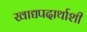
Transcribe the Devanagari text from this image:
खाद्यपदार्थाशी